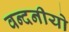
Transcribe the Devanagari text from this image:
वन्दनीयो